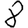
Digit: 8